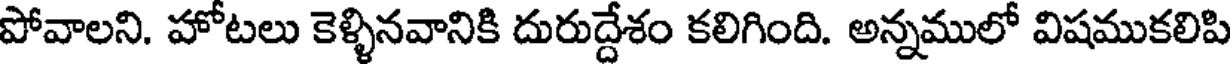
పోవాలని. హోటలు కెళ్ళినవానికి దురుద్దేశం కలిగింది. అన్నములో విషముకలిపి